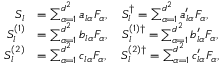
\begin{array} { r l } { S _ { l } } & { = \sum _ { \alpha = 1 } ^ { d ^ { 2 } } a _ { l \alpha } F _ { \alpha } , \quad S _ { l } ^ { \dagger } = \sum _ { \alpha = 1 } ^ { d ^ { 2 } } a _ { l \alpha } ^ { \prime } F _ { \alpha } , } \\ { S _ { l } ^ { ( 1 ) } } & { = \sum _ { \alpha = 1 } ^ { d ^ { 2 } } b _ { l \alpha } F _ { \alpha } , \quad S _ { l } ^ { ( 1 ) \dagger } = \sum _ { \alpha = 1 } ^ { d ^ { 2 } } b _ { l \alpha } ^ { \prime } F _ { \alpha } , } \\ { S _ { l } ^ { ( 2 ) } } & { = \sum _ { \alpha = 1 } ^ { d ^ { 2 } } c _ { l \alpha } F _ { \alpha } , \quad S _ { l } ^ { ( 2 ) \dagger } = \sum _ { \alpha = 1 } ^ { d ^ { 2 } } c _ { l \alpha } ^ { \prime } F _ { \alpha } , } \end{array}